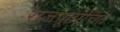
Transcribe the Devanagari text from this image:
राजपूतोचित